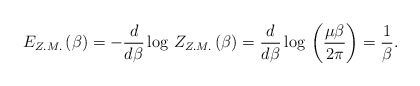
\begin{align*}E_{Z.M.}\left( \beta \right) =-\frac{d}{d\beta }\log \, Z_{Z.M.}\left( \beta \right) =\frac{d}{d\beta }\log \, \left( \frac{\mu \beta }{2\pi }\right) =\frac{1}{\beta }.\end{align*}